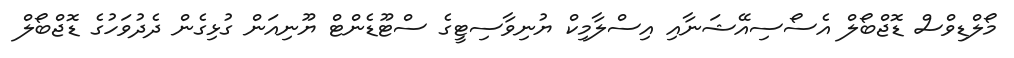
މޯލްޑިވްސް ޑޮޖްބޯލް އެސޯސިއޭޝަނާއި އިސްލާމިކް ޔުނިވާސިޓީގެ ސްޓޫޑެންޓް ޔޫނިއަން ގުޅިގެން ދެދުވަހުގެ ޑޮޖްބޯލް